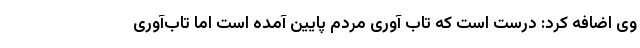
وی اضافه کرد: درست است که تاب آوری مردم پایین آمده است اما تاب‌آوری